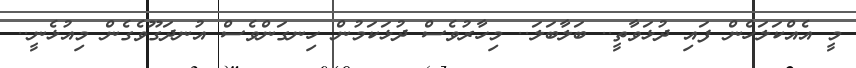
މީ އެއްކަލަހެން ފައި ދުޅަވާތީ.. ބަލާބަލަ.. މިހާރުވެސް ދުޅަކަމުން ހިނގަންވެސް އުނދަގޫވެގެން މިއުޅެނީ..